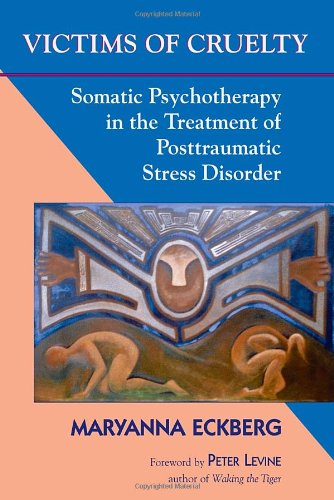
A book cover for Victims of Cruelty: Somatic Psychotherapy in the Healing of Posttraumatic Stress Disorder; Maryanna Eckberg; Health, Fitness & Dieting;